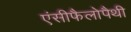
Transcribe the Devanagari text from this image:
एंसीफैलोपैथी